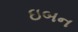
ઇબન